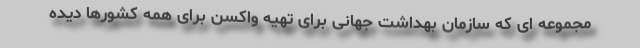
مجموعه ای که سازمان بهداشت جهانی برای تهیه واکسن برای همه کشورها دیده